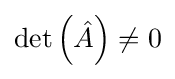
\det \left({\hat {A}}\right)\neq 0